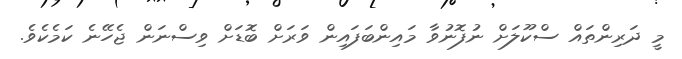
މީ ދަރިންތައް ސްކޫލަށް ނުފޮނުވާ މައިންބަފައިން ވަރަށް ބޮޑަށް ވިސްނަން ޖެހޭނެ ކަމެކެވެ.